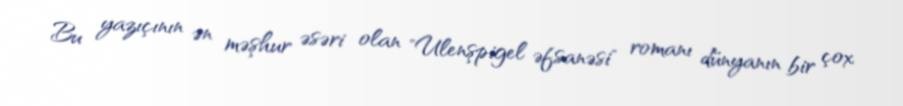
Bu yazıçının ən məşhur əsəri olan "Ulenşpigel əfsanəsi" romanı dünyanın bir çox